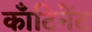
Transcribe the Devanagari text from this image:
काँटिनेंट